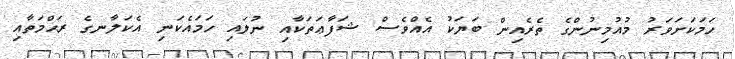
ހަމަކަށަވަރު މުއުމިނުންގެ ތެރެއިން ބަޔަކު އެއްވެސް ޝަފާޢަތަކާއި ނުލައި ހަމައެކަނި އެކަލާނގެ ރަޙްމަތާއި